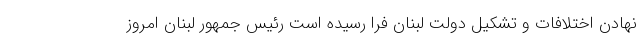
نهادن اختلافات و تشکیل دولت لبنان فرا رسیده است رئیس جمهور لبنان امروز